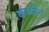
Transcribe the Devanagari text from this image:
कन्योन